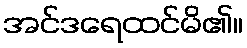
အင်ဒရေထင်မိ၏။